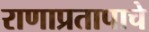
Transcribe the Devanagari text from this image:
राणाप्रतापाचे